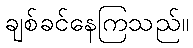
ချစ်ခင်နေကြသည်။